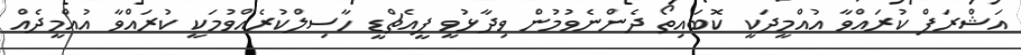
އަޝްރަފް ކުރައްވާ އުއްމީދަކީ ކޮބައިތޯ ދެންނެވުމުން ވިދާޅުވީ ޕީއެޗްޑީ ހާސިލްކުރެއްވުމަކީ ކުރައްވާ އުއްމީދެއް